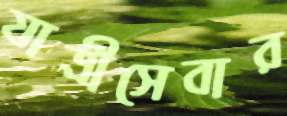
যাত্রীসেবার